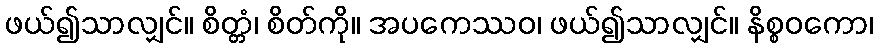
ဖယ်၍သာလျှင်။ စိတ္တံ၊ စိတ်ကို။ အပကေဿဝ၊ ဖယ်၍သာလျှင်။ နိစ္စဝကော၊